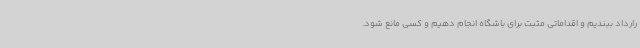
رارداد ببندیم و اقداماتی مثبت برای باشگاه انجام دهیم و کسی مانع شود.